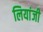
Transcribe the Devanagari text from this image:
लियांजी